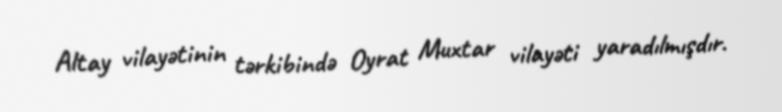
Altay vilayətinin tərkibində Oyrat Muxtar vilayəti yaradılmışdır.